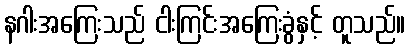
နဂါးအကြေးသည် ငါးကြင်းအကြေးခွံနှင့် တူသည်။